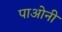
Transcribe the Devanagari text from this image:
पाओनी